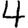
Digit: 4